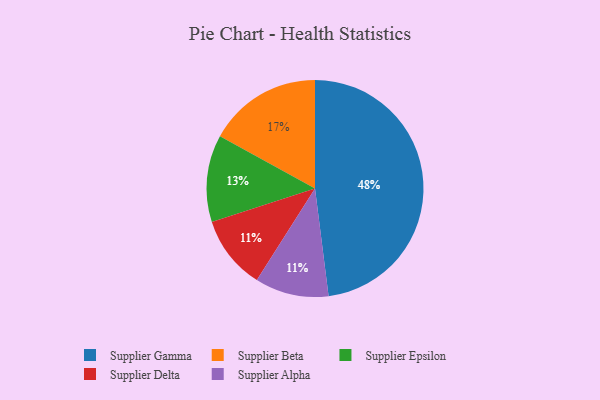
{"axis": {"x": "Category", "y": "Percentage"}, "legend": ["Supplier Alpha", "Supplier Beta", "Supplier Delta", "Supplier Epsilon", "Supplier Gamma"], "data": [{"x": "Supplier Beta", "y": 17, "type": "Supplier Beta"}, {"x": "Supplier Delta", "y": 11, "type": "Supplier Delta"}, {"x": "Supplier Epsilon", "y": 13, "type": "Supplier Epsilon"}, {"x": "Supplier Alpha", "y": 11, "type": "Supplier Alpha"}, {"x": "Supplier Gamma", "y": 48, "type": "Supplier Gamma"}]}